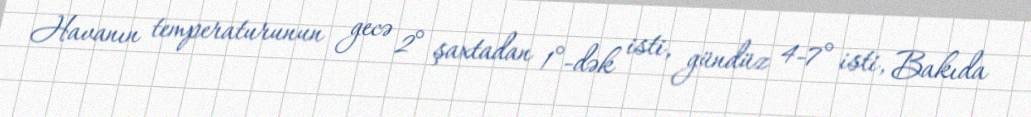
Havanın temperaturunun gecə 2° şaxtadan 1°-dək isti, gündüz 4-7° isti, Bakıda